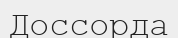
Доссорда